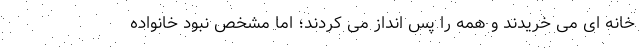
خانه ای می خریدند و همه را پس انداز می کردند؛ اما مشخص نبود خانواده